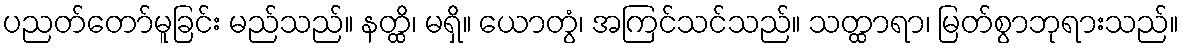
ပညတ်တော်မူခြင်း မည်သည်။ နတ္ထိ၊ မရှိ။ ယောတွံ၊ အကြင်သင်သည်။ သတ္ထာရာ၊ မြတ်စွာဘုရားသည်။